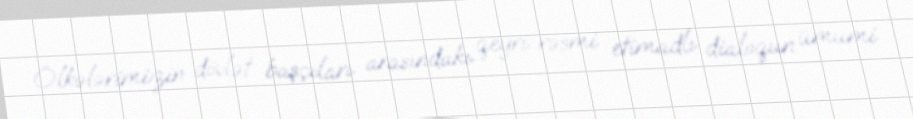
Ölkələrimizin dövlət başçıları arasındakı qeyri-rəsmi etimadlı dialoqun ümumi